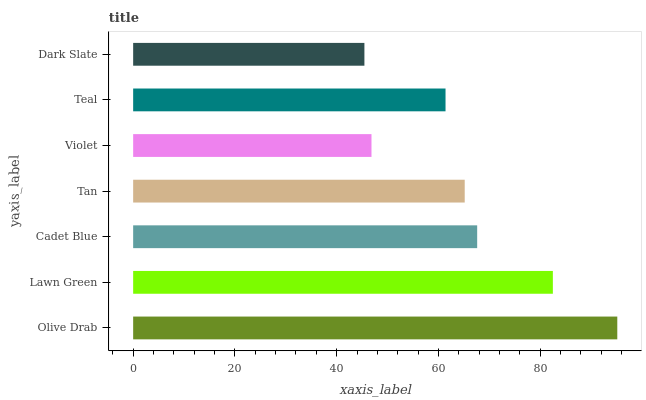
| yaxis_label | bars |
 | --- | --- |
 | Olive Drab | 95.2 |
 | Lawn Green | 82.5 |
 | Cadet Blue | 67.6 |
 | Tan | 65.2 |
 | Violet | 46.8 |
 | Teal | 61.4 |
 | Dark Slate | 45.5 |